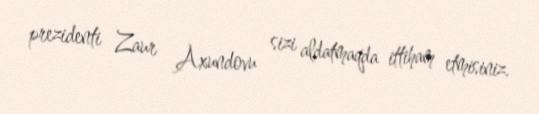
prezidenti Zaur Axundovu sizi aldatmaqda ittiham etmisiniz.